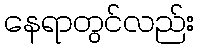
နေရာတွင်လည်း